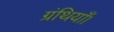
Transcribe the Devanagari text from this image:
ग्रंथियाँ।